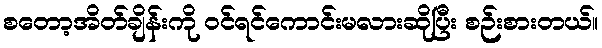
စတော့အိတ်ချိန်းကို ဝင်ရင်ကောင်းမလားဆိုပြီး စဉ်းစားတယ်။